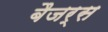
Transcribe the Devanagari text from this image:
बैजर्स